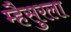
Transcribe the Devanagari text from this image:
म्हैसुरला